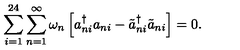
\sum _ { i = 1 } ^ { 2 4 } \sum _ { n = 1 } ^ { \infty } \omega _ { n } \left[ a _ { n i } ^ { \dagger } a _ { n i } - \tilde { a } _ { n i } ^ { \dagger } \tilde { a } _ { n i } \right] = 0 \mathrm { . }